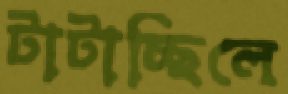
টাটাচ্ছিলে